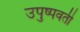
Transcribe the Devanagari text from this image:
उपुष्पवती